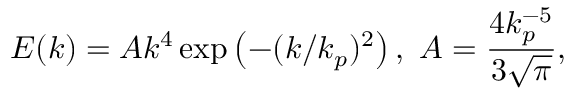
E ( k ) = A k ^ { 4 } \exp \left( - ( k / k _ { p } ) ^ { 2 } \right) , ~ A = \frac { 4 k _ { p } ^ { - 5 } } { 3 \sqrt { \pi } } ,